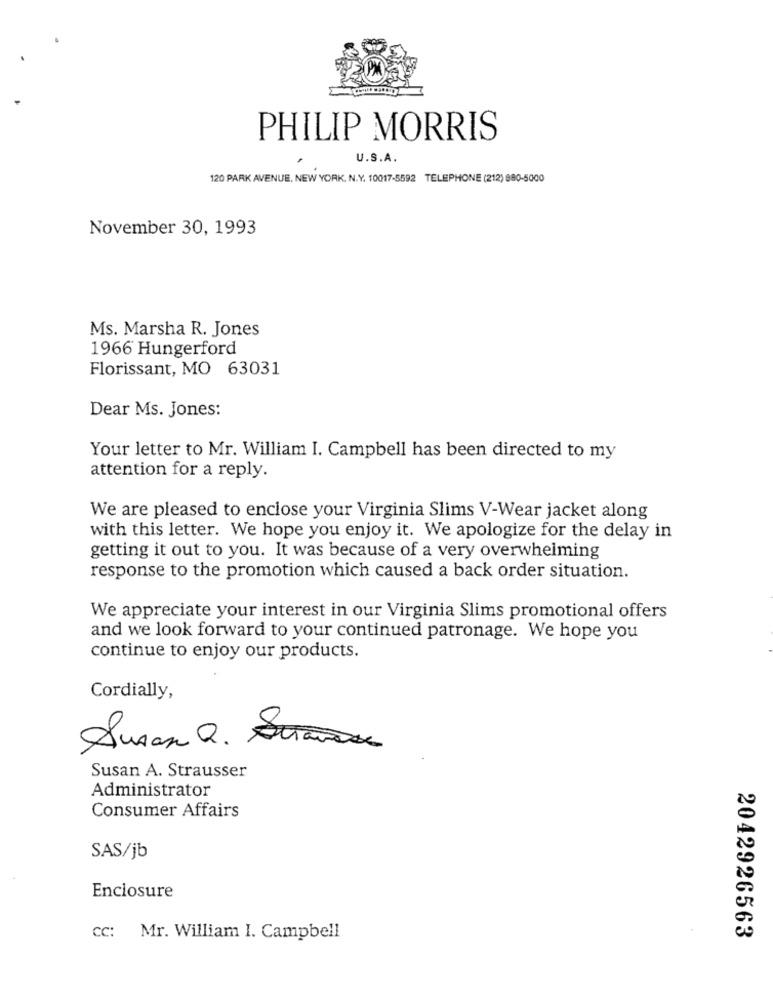
PHILIP MORRIS
U.S.A.
120 PARK AVENUE, NEW YORK, N.Y. 10017-5592 TELEPHONE (212) 880-5000
November 30, 1993
Ms. Marsha R. Jones
1966 Hungerford
Florissant, MO 63031
Dear Ms. Jones:
Your letter to Mr. William I. Campbell has been directed to my
attention for a reply.
We are pleased to enclose your Virginia Slims V-Wear jacket along
with this letter. We hope you enjoy it. We apologize for the delay in
getting it out to you. It was because of a very overwhelming
response to the promotion which caused a back order situation.
We appreciate your interest in our Virginia Slims promotional offers
and we look forward to your continued patronage. We hope you
continue to enjoy our products.
Cordially,
Susan Q. Strasse
Susan A. Strausser
Administrator
Consumer Affairs
SAS/jb
Enclosure
cc: Mr. William I. Campbell
2042926563